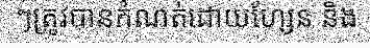
ៗត្រូវបានកំណត់ដោយហ្សែន និង